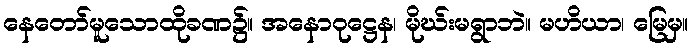
နေတော်မူသောထိုခဏ၌။ အနောဝုဋ္ဌေန၊ မိုဃ်းမရွာဘဲ။ မဟိယာ၊ မြေမှ။